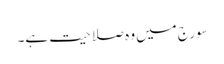
سورج میں وہ صلاحیت ہے۔